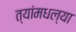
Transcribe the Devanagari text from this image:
त्यांमधल्या